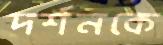
দর্শনকে